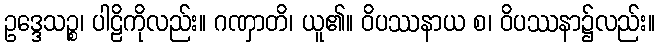
ဥဒ္ဒေသဉ္စ၊ ပါဠိကိုလည်း။ ဂဏှာတိ၊ ယူ၏။ ဝိပဿနာယ စ၊ ဝိပဿနာ၌လည်း။